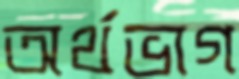
অর্থভাগ